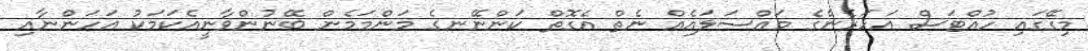
މިގޭގައި ހުއްޓަސް އަހަރެންގެ މައްސަލައެއް ނެތް އެގޮތް ކަންނޭނގެ މަންމަމެން ބޭނުންވާނީއެކަމަކު އަހަންނާއި